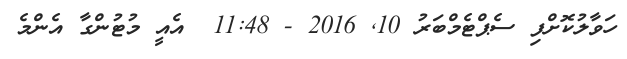
ހަވާލުކޮށްފި ސެޕްޓެމްބަރު 10